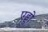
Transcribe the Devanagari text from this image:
एड्डो